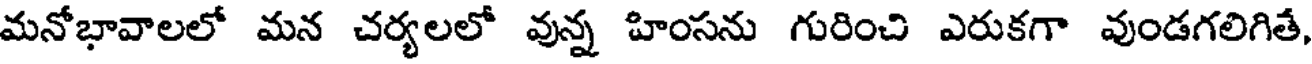
మనోభావాలలో మన చర్యలలో వున్న హింసను గురించి ఎరుకగా వుండగలిగితే,